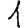
Digit: 1